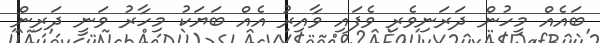
ބައެއް މީހުން ދަރަނިވެރި ވެފައި ވާއިރު އެއް ބަޔަކު މިހާރު ވަނީ ދަރިން